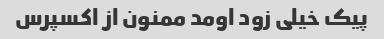
پیک خیلی زود اومد ممنون از اکسپرس